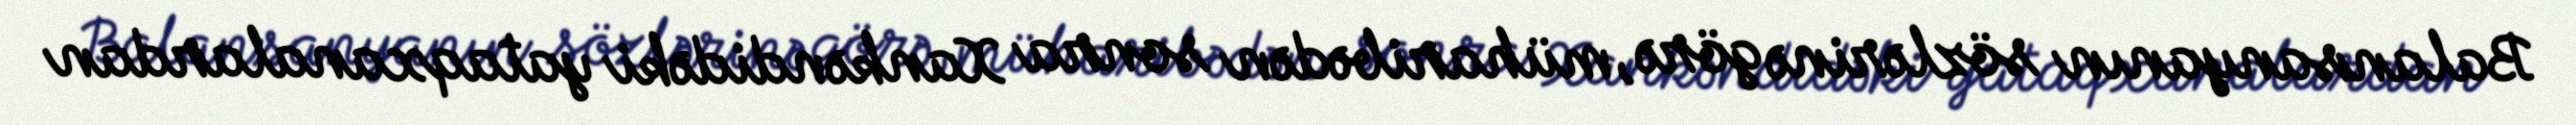
Balansanyanın sözlərinə görə, müharibədən sonra Xankəndidəki yataqxanalardan